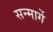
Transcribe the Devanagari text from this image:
सन्मार्गे